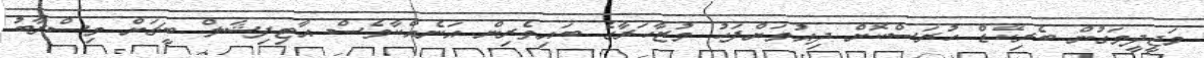
މަޖީދީމަގުން ބެރިކޭޑް ހުރަސްކޮށް ދިއުމަށްފަހު މުޒާހަރާގެ ބައިވެރިން އަނެއްކާވެސް އާޓިފިޝަލް ބީޗަށް މިސްރާބު